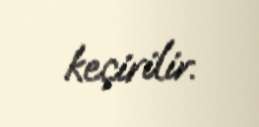
keçirilir.